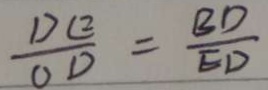
\frac { D E } { O D } = \frac { B D } { E D }